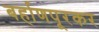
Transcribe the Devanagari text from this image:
बर्हाणपूरकर